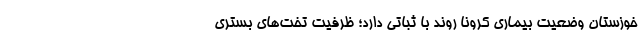
خوزستان وضعیت بیماری کرونا روند با ثباتی دارد؛ ظرفیت تخت‌های بستری